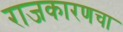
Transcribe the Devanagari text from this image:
राजकारणचा